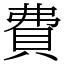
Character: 費